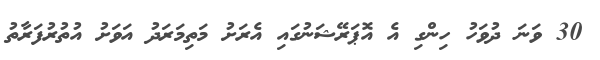
30 ވަނަ ދުވަހު ހިންގި އެ އޮޕަރޭޝަނުގައި އެރަށު މަތިމަރަދު އަވަށު އުތުރުފަރާތު